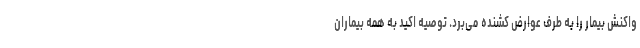
واکنش بیمار را به طرف عوارض کشنده می‌برد. توصیه اکید به همه بیماران